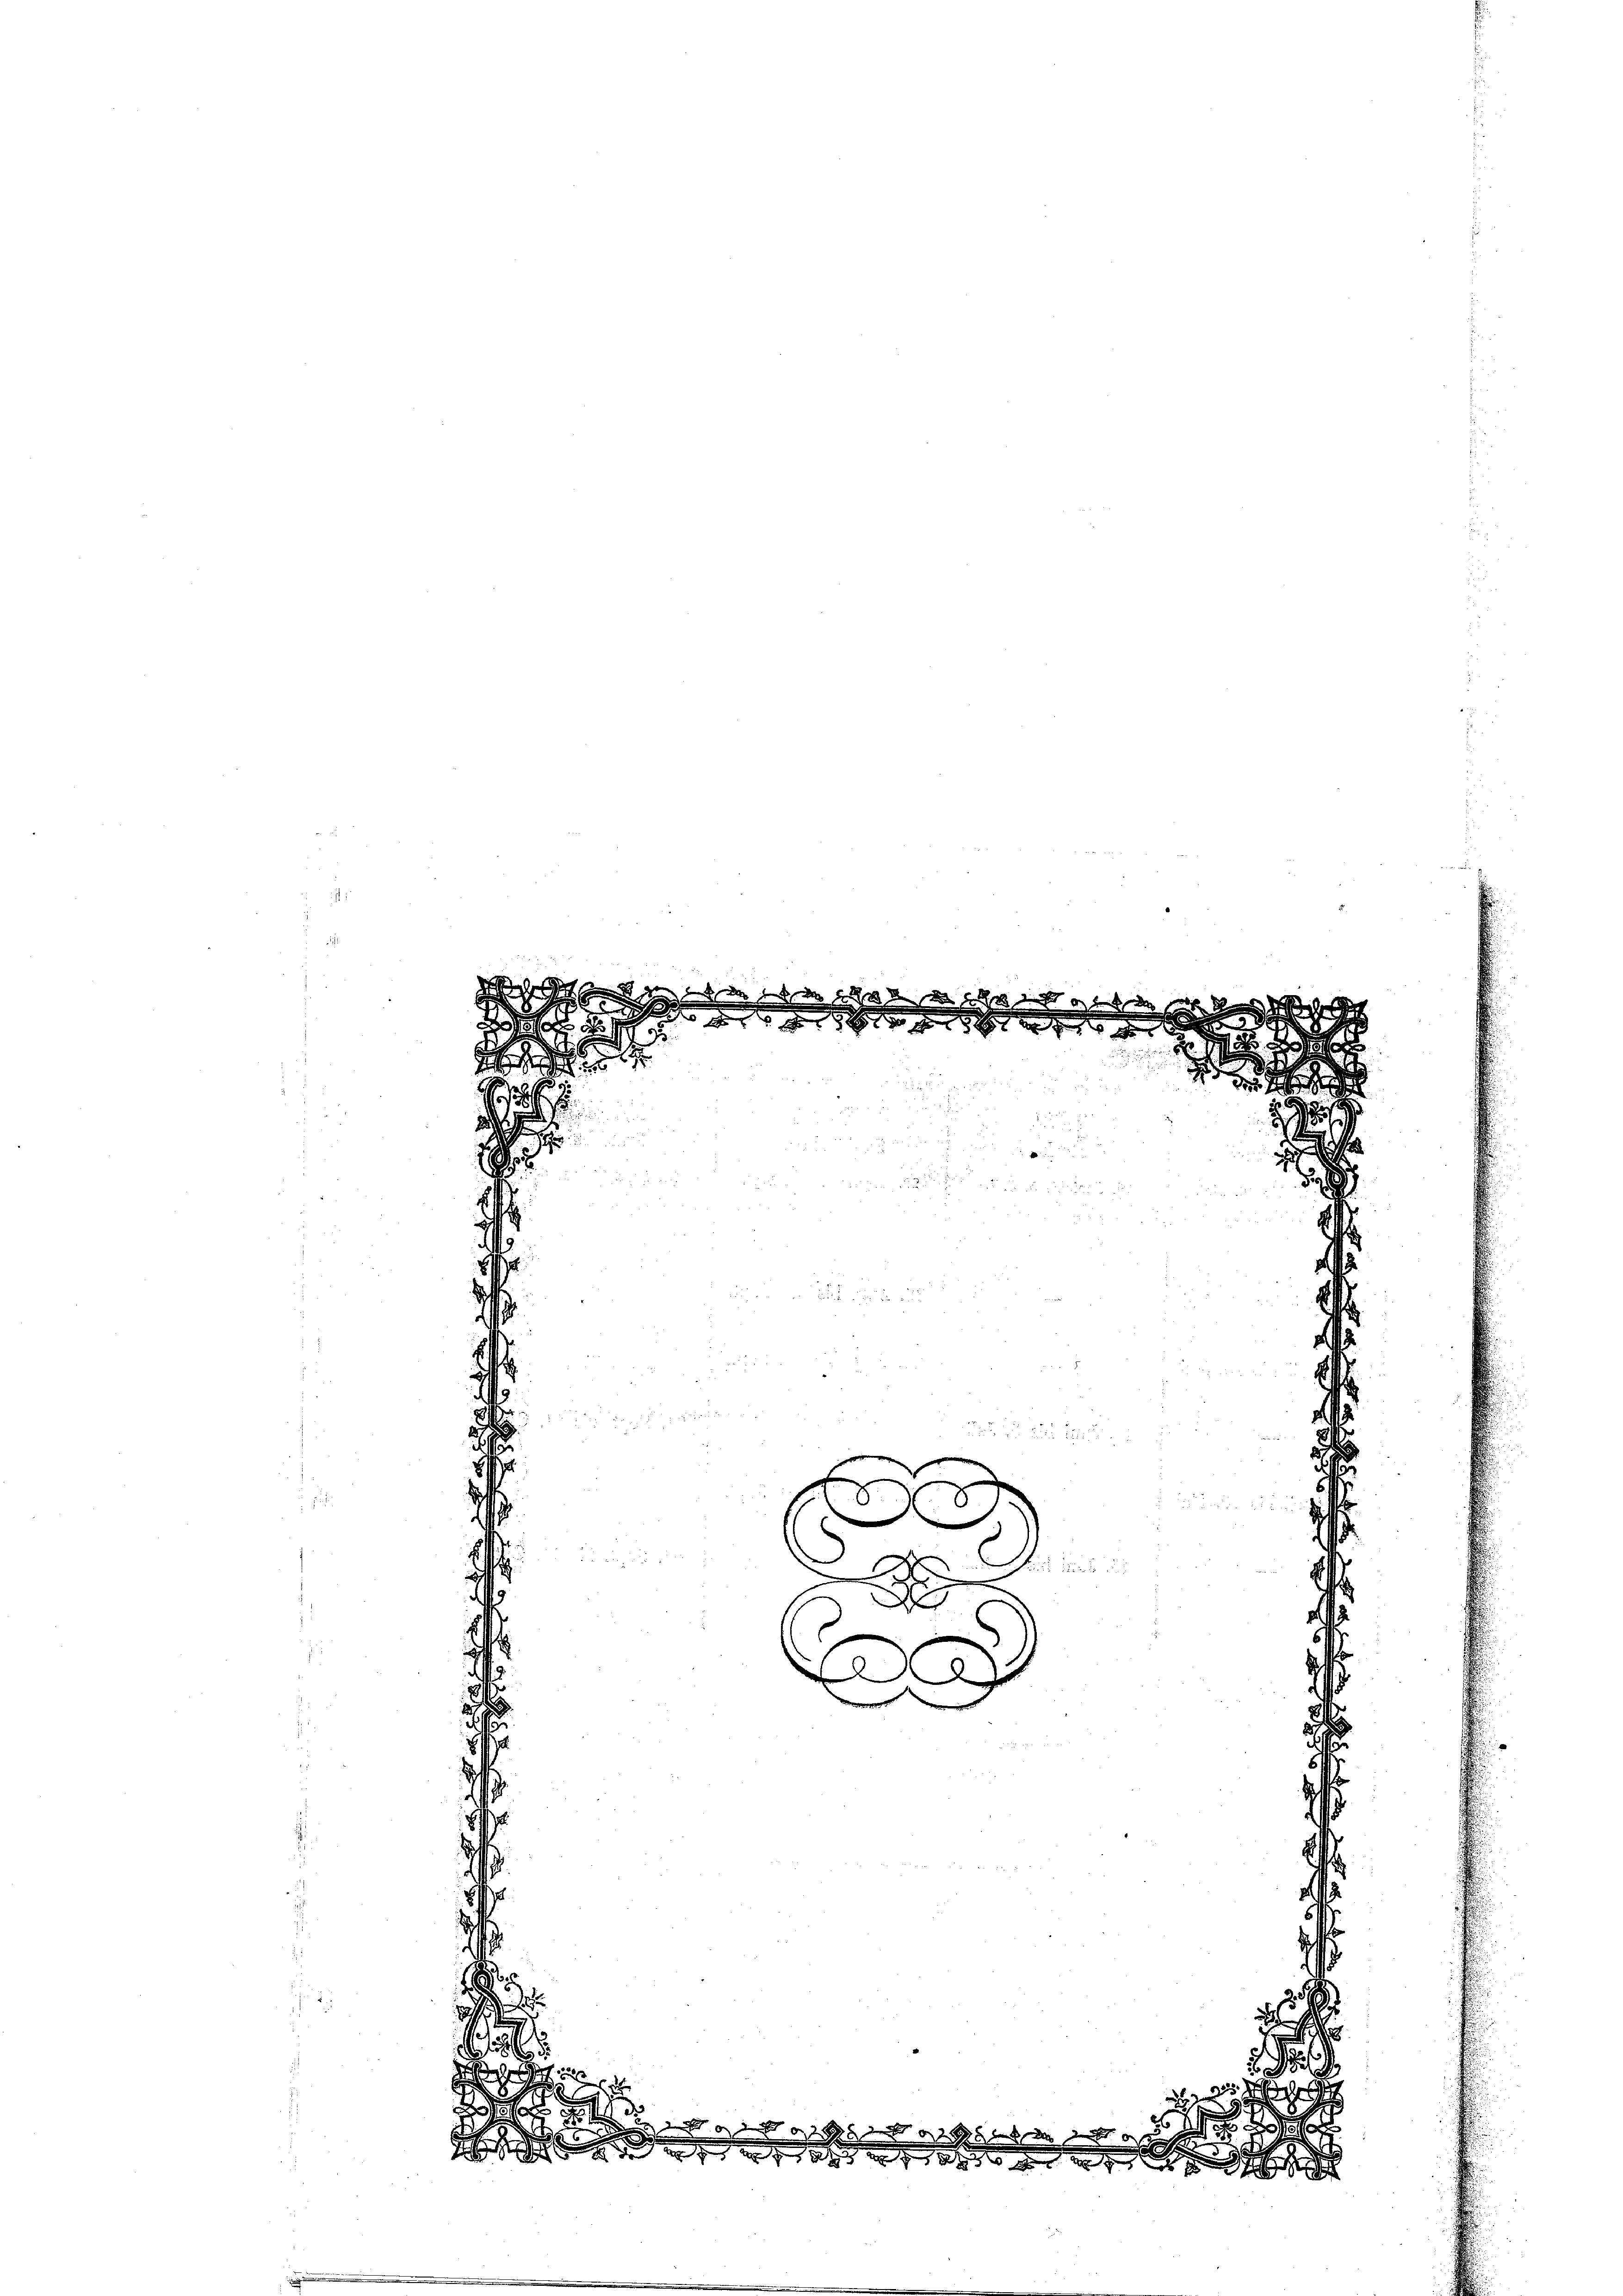
9

.

d

b
d

785

d
2
s

520

kunde der der d
e
.
e
d
a

e

32

s

3